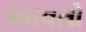
અાવતો